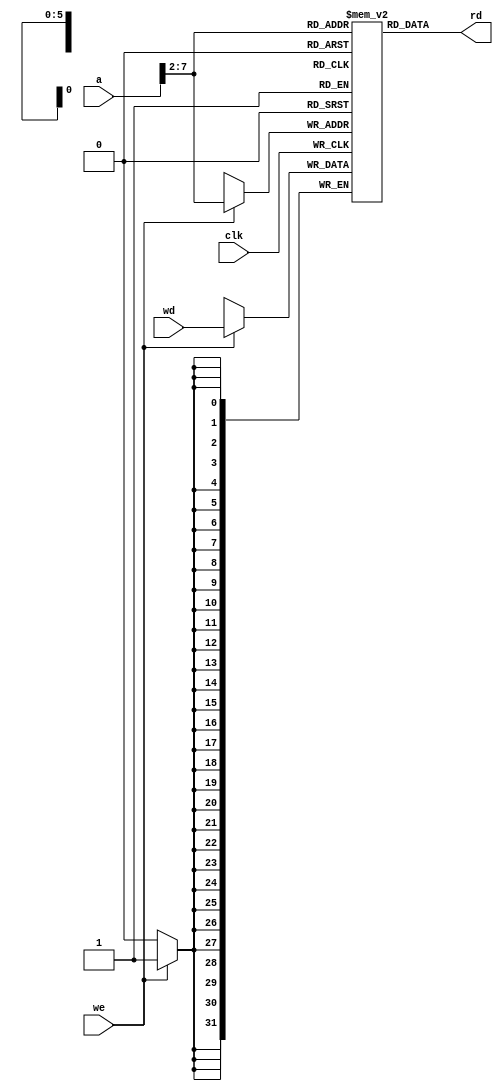
// Name: Data Memory



module dmem(clk, we,a, wd,rd);
		
	input clk, we; 
		input [31:0] a, wd; 
		output [31:0] rd;
		
	reg [31:0] RAM[63:0]; // 64 x 32 bit memory
	assign rd = RAM[a[31:2]];     // read operation
	
	// 6 bit address enough to address the 64 locations in data memory
	
	always @(posedge clk)
		if (we) RAM[a[31:2]] <= wd;
endmodule